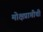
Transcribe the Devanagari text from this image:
मोक्षप्राप्तीची